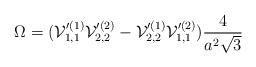
LaTeX: \begin{align*}\Omega = ({\cal V}_{1,1}'^{(1)} {\cal V}_{2,2}'^{(2)}-{\cal V}_{2,2}'^{(1)} {\cal V}_{1,1}'^{(2)})\frac{4}{a^2 \sqrt{3}}\end{align*}